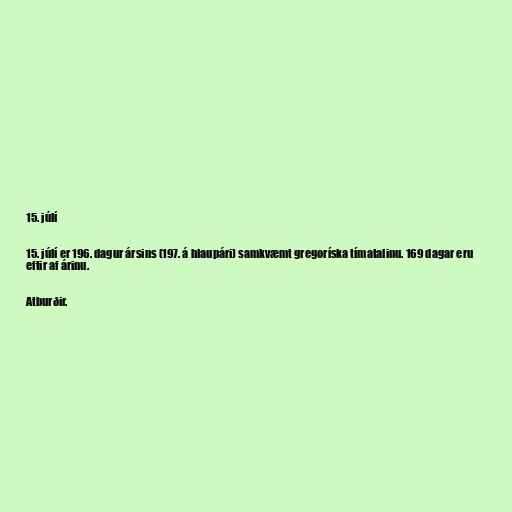
15. júlí

15. júlí er 196. dagur ársins (197. á hlaupári) samkvæmt gregoríska tímatalinu. 169 dagar eru
eftir af árinu.

Atburðir.